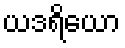
ယဒရိယော